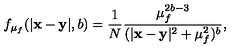
f _ { \mu _ { f } } ( | { \bf x - y } | , b ) = \frac { 1 } { N } \frac { \mu _ { f } ^ { 2 b - 3 } } { ( | { \bf x - y } | ^ { 2 } + \mu _ { f } ^ { 2 } ) ^ { b } } ,